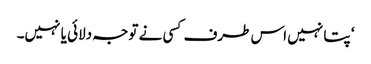
‘ پتا نہیں اس طرف کسی نے توجہ دلائی یا نہیں۔